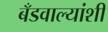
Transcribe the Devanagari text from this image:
बँडवाल्यांशी